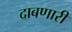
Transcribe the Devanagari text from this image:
दाबणारी